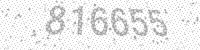
Solution: 816655